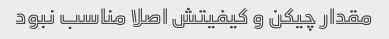
مقدار چیکن و کیفیتش اصلا مناسب نبود